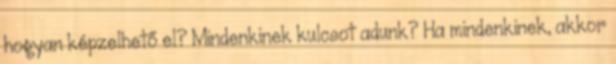
hogyan képzelhető el? Mindenkinek kulcsot adunk? Ha mindenkinek, akkor